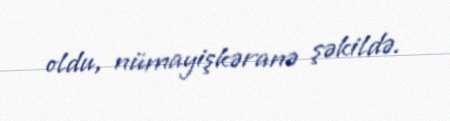
oldu, nümayişkəranə şəkildə.